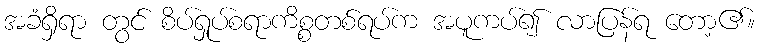
အခံရှိရာ တွင် စိပ်ရှုပ်စရာကိစ္စတစ်ရပ်က အပူကပ်၍ လာပြန်ရ တော့၏။